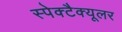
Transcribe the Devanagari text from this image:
स्पेक्टैक्यूलर